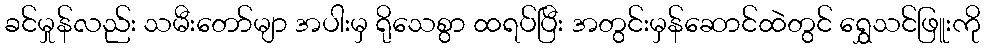
ခင်မှုန်လည်း သမီးတော်မျာ အပါးမှ ရိုသေစွာ ထရပ်ပြီး အတွင်းမှန်ဆောင်ထဲတွင် ရွှေသင်ဖြူးကို